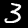
Digit: 3